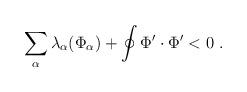
LaTeX: \begin{align*}\sum_{\alpha} \lambda_\alpha(\Phi_\alpha) + \oint\Phi'\cdot \Phi' < 0 \ . \end{align*}